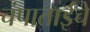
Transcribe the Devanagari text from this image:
चंपाताईंचे